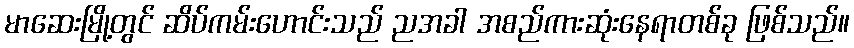
မာဆေးမြို့တွင် ဆိပ်ကမ်းဟောင်းသည် ညအခါ အစည်ကားဆုံးနေရာတစ်ခု ဖြစ်သည်။